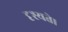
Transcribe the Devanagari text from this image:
दृश्यते।